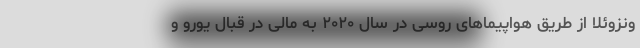
ونزوئلا از طریق هواپیماهای روسی در سال ۲۰۲۰ به مالی در قبال یورو و